Senior Leaving Certificate Examination (including Day School Certificate (Higher) General paper), 1947
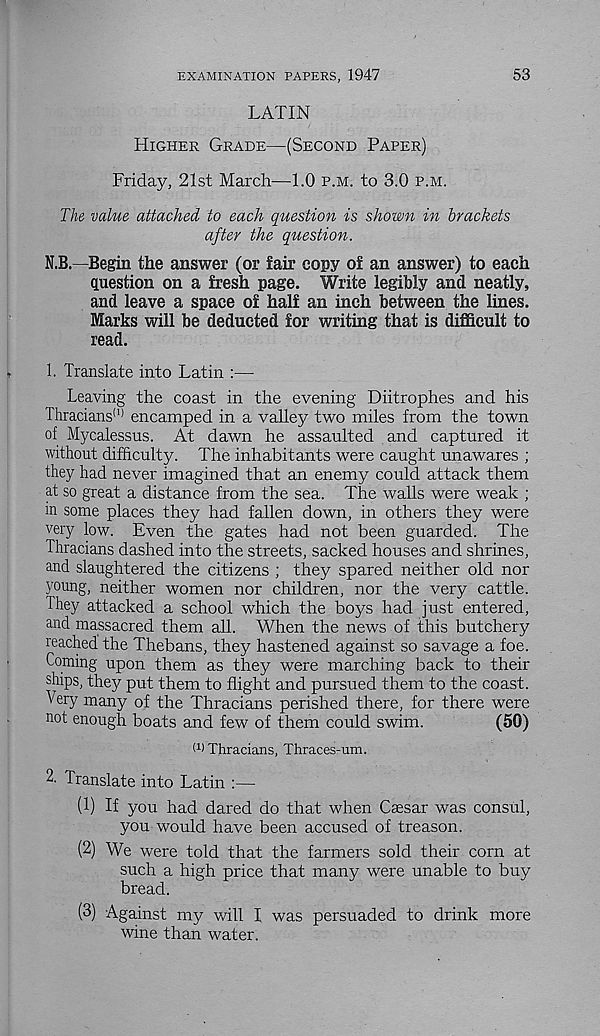
EXAMINATION PAPERS, 1947
53
LATIN
Higher Grade—(Second Paper)
Friday, 21st March—1.0 p.m. to 3.0 p.m.
The value attached to each question is shown in brackets
after the question.
N.B.—Begin the answer (or fair copy of an answer) to each
question on a fresh page. Write legibly and neatly,
and leave a space of half an inch between the lines.
Marks will be deducted for writing that is difficult to
read.
1. Translate into Latin :—
Leaving the coast in the evening Diitrophes and his
Thracians' 11 encamped in a valley two miles from the town
of Mycalessus. At dawn he assaulted and captured it
without difficulty. The inhabitants were caught unawares ;
they had never imagined that an enemy could attack them
at so great a distance from the sea. The walls were weak ;
in some places they had fallen down, in others they were
very low. Even the gates had not been guarded. The
Thracians dashed into the streets, sacked houses and shrines,
and slaughtered the citizens ; they spared neither old nor
young, neither women nor children, nor the very cattle.
They attacked a school which the boys had just entered,
and massacred them all. When the news of this butchery
reached the Thebans, they hastened against so savage a foe.
Coming upon them as they were marching back to their
ships, they put them to flight and pursued them to the coast.
Very many of the Thracians perished there, for there were
not enough boats and few of them could swim.
(50)
I 1 ) Thracians, Thraces-um.
2. Translate into Latin :—
(1) If you had dared do that when Caesar was consul,
you would have been accused of treason.
(2) We were told that the farmers sold their corn at
such a high price that many were unable to buy
bread.
(3) Against my will I was persuaded to drink more
wine than water.